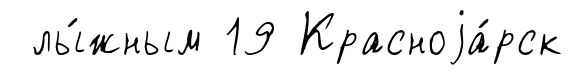
лы́жным 19 Красноjа́рск